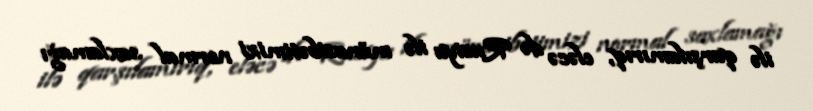
ilə qarşılamırıq, eləcə də Rusiya ilə münasibətimizi normal saxlamağı